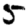
Digit: 5